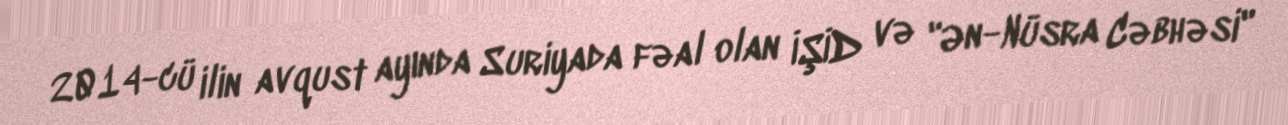
2014-cü ilin avqust ayında Suriyada fəal olan İŞİD və "Ən-Nüsra Cəbhəsi"